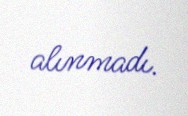
alınmadı.